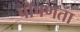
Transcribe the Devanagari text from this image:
पोषणता